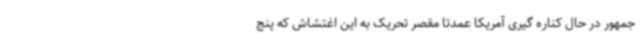
جمهور در حال کناره گیری آمریکا عمدتا مقصر تحریک به این اغتشاش که پنج